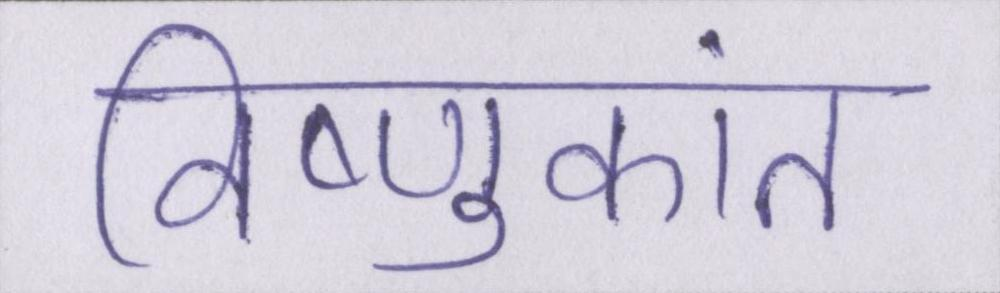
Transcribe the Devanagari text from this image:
विष्णुकांत